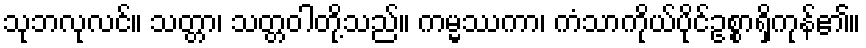
သုဘလုလင်။ သတ္တာ၊ သတ္တဝါတို့သည်။ ကမ္မဿကာ၊ ကံသာကိုယ်ပိုင်ဥစ္စာရှိကုန်၏။